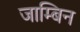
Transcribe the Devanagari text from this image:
जाम्बिन